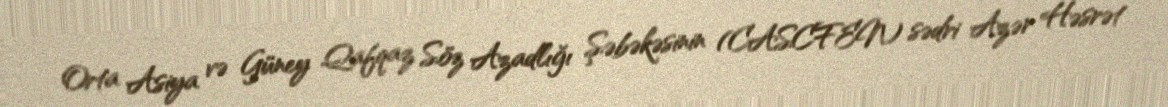
Orta Asiya və Güney Qafqaz Söz Azadlığı Şəbəkəsinin (CASCFEN) sədri Azər Həsrət